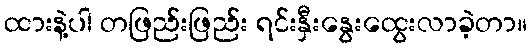
ထားနဲ့ပါ တဖြည်းဖြည်း ရင်းနှီးနွေးထွေးလာခဲ့တာ။